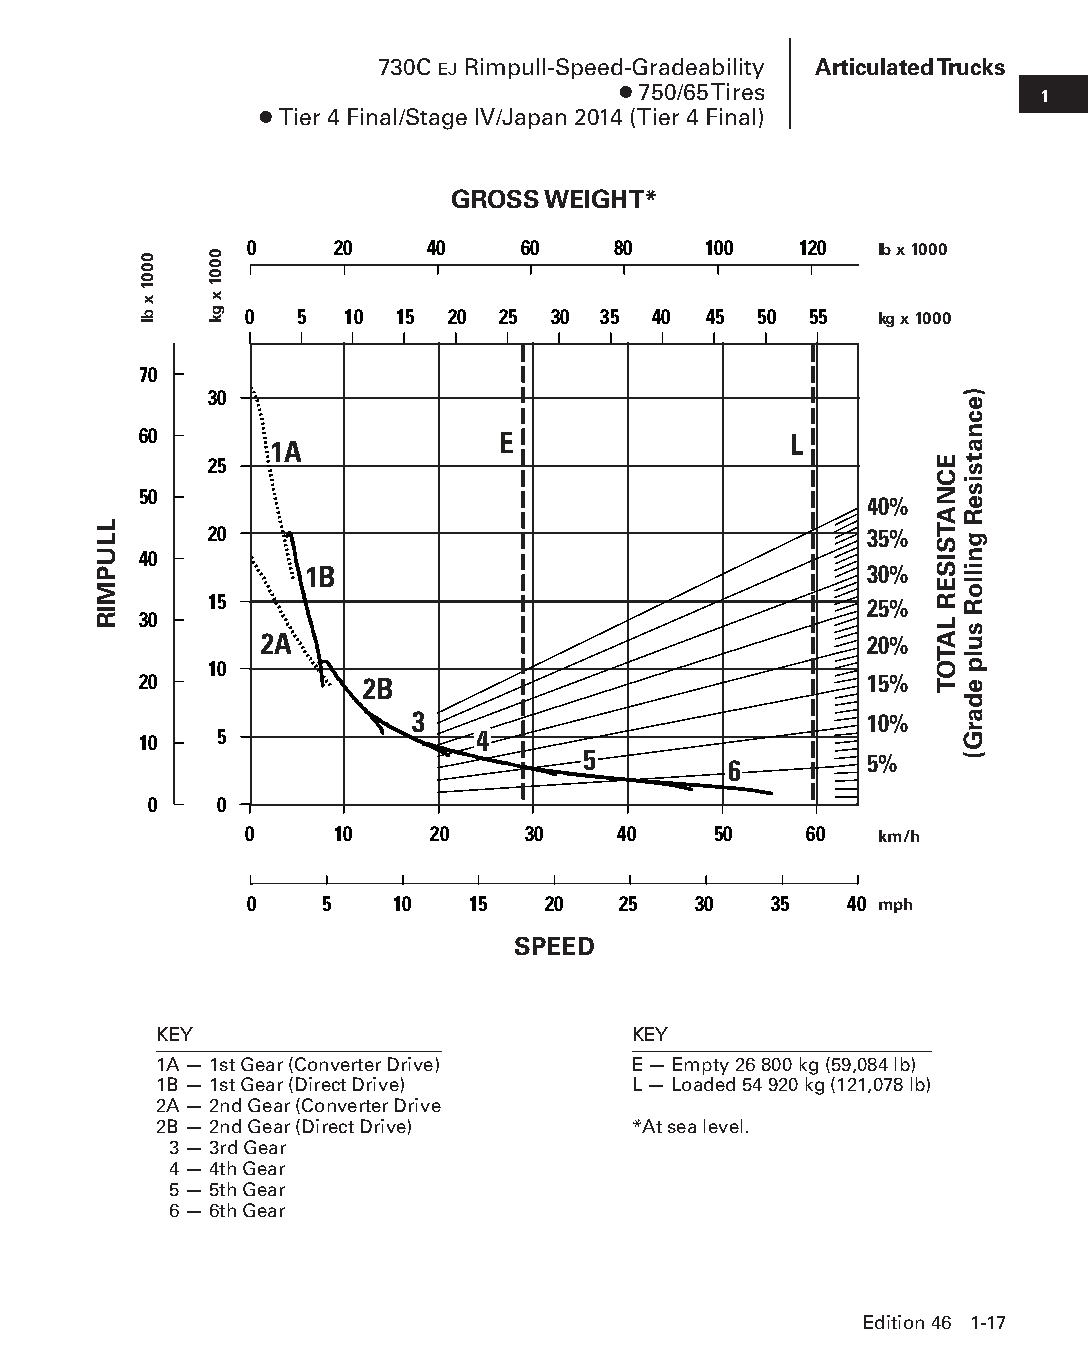
730C EJ Rimpull-Speed-Gradeability Articulated Trucks
 ● 750/65 Tires              1
 ● Tier 4 Final/Stage IV/Japan 2014 (Tier 4 Final)
 GROSS WEIGHT*
 0    20     40    60    80    100   120
 lb x 1000
 0  5  10  15 20 25  30 35  40 45 50  55  kg x 1000
 70
 30
 60                     E                   L
 1A
 25
 50
 40%
 20                                          35%
 40
 1B                                   30%
 15                                          25%
 30
 2A                                      20%
 10
 20            2B                                15%
 3                             10%
 5                4
 10
 5
 6        5%
 0    0
 0    10     20    30    40     50    60
 km/h
 0    5   10   15    20  25   30   35   40
 mph
 SPEED
 KEY                            KEY
 1A — 1st Gear (Converter Drive) E — Empty 26 800 kg (59,084 lb)
 1B — 1st Gear (Direct Drive)   L — Loaded 54 920 kg (121,078 lb)
 2A — 2nd Gear (Converter Drive
 2B — 2nd Gear (Direct Drive)   *At sea level.
 3 — 3rd Gear
 4 — 4th Gear
 5 — 5th Gear
 6 — 6th Gear
 Edition 46 1-17
 PPHHBB--SSeecc0011--1166..iinndddd 1177                        1122//44//1155 1100::2244 AAMM
 LLUPMIR
 0001
 x
 bl
 0001
 x
 gk
 ECNATSISER
 LATOT
 )ecnatsiseR
 gnilloR
 sulp
 edarG(